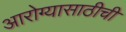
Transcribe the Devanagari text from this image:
आरोग्यासाठीची